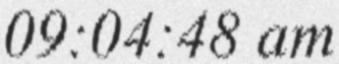
09:04:48 am